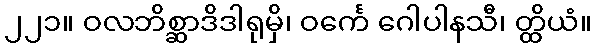
၂၂၁။ ဝလဘိစ္ဆာဒိဒါရုမှိ၊ ဝင်္ကေ ဂေါပါနသီ၊ တ္ထိယံ။